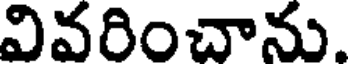
వివరించాను.